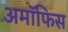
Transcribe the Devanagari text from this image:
अमॉफिस